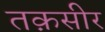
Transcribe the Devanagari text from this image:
तक़सीर